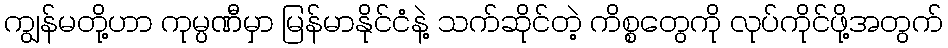
ကျွန်မတို့ဟာ ကုမ္ပဏီမှာ မြန်မာနိုင်ငံနဲ့ သက်ဆိုင်တဲ့ ကိစ္စတွေကို လုပ်ကိုင်ဖို့အတွက်